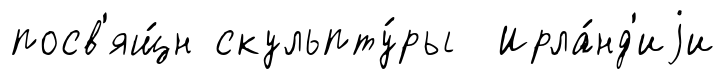
посв'ящ́н скульпту́ры Ирла́нд'иjи